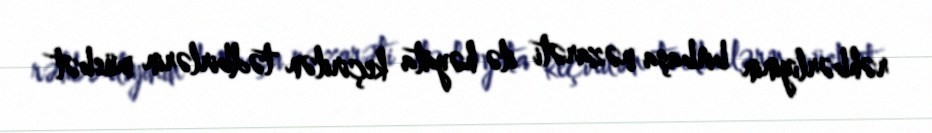
rəhbərliyinin birbaşa nəzarəti ilə həyata keçirilən tədbirlərin müsbət